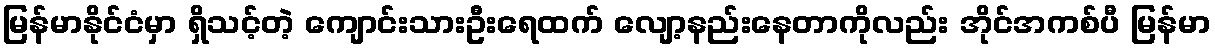
မြန်မာနိုင်ငံမှာ ရှိသင့်တဲ့ ကျောင်းသားဦးရေထက် လျော့နည်းနေတာကိုလည်း အိုင်အကစ်ပီ မြန်မာ